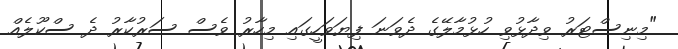
"މިނިސްޓަރު ވިދާޅުވި ހުޅުމާލޭގެ ދެވަނަ ފިޔަވަހީގައި މިހާރު ވެސް ސަރުކާރު ދެ ސްކޫލެއް